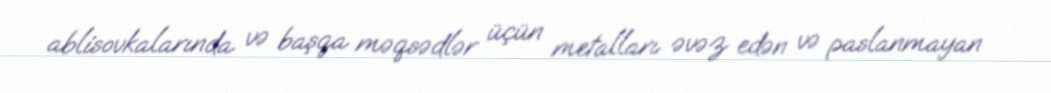
ablisovkalarında və başqa məqsədlər üçün metalları əvəz edən və paslanmayan